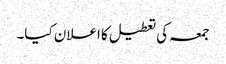
جمعہ کی تعطیل کا اعلان کیا۔